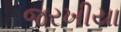
જરખીયા